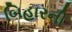
બિહારની